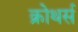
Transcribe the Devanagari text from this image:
क्रोथर्स